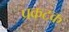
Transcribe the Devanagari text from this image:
प्रकटक